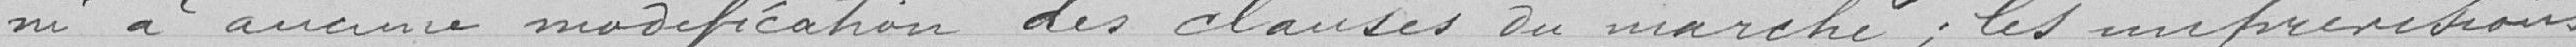
ni à aucune modification des clauses du marché ; les imprévisions